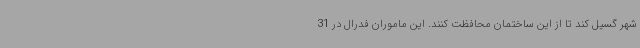
شهر گسیل کند تا از این ساختمان محافظت کنند. این ماموران فدرال در 31